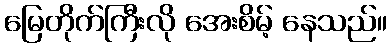
မြေတိုက်ကြီးလို အေးစိမ့် နေသည်။